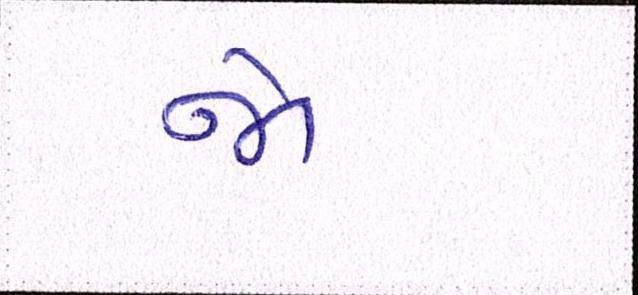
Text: જો